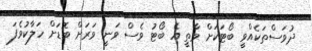
ދުވަސްތަކެއްވީ ބޯޓަކަށް ވާތީ އެ ބޯޓު ވެސް ވަނީ ވަރަށް ބޮޑަށް ހަލާކުވެފަ